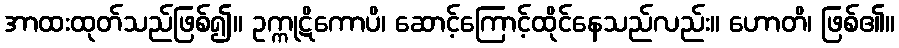
အာထးထုတ်သည်ဖြစ်၍။ ဥက္ကုဋိကောပိ၊ ဆောင့်ကြောင့်ထိုင်နေသည်လည်း။ ဟောတိ၊ ဖြစ်၏။